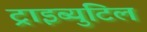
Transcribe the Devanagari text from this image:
ट्राइब्युटिल